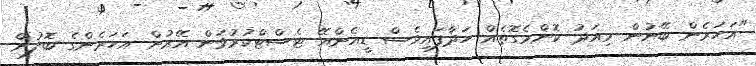
"އަހަރެން ބޭނުން މިއަދު ކޮންމެގޮތެއް ހަދާފައިވެސް ޑީއެންއޭ ޓެސްޓްކުރުވަން އޭރުން އަހަރެންގެ ބޮލުން